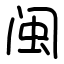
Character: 闽